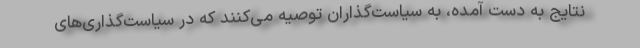
نتایج به دست آمده، به سیاست‌گذاران توصیه می‌کنند که در سیاست‌گذاری‌های